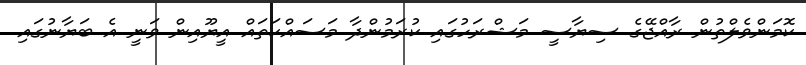
ކޮމަންވެލްތުން ރާއްޖޭގެ ސިޔާސީ މަޝްރަހުގައި ކުރަމުންދާ މަސައްކަތައް އީޔޫއިން ވަނީ އެ ބަޔާނުގައި